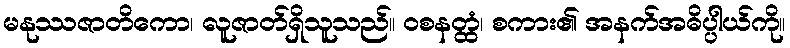
မနုဿဇာတိကော၊ လူဇာတ်ရှိသူသည်။ ဝစနတ္ထံ၊ စကား၏ အနက်အဓိပ္ပါယ်ကို။